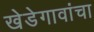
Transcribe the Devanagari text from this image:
खेडेगावांचा